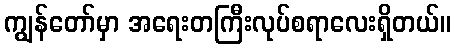
ကျွန်တော်မှာ အရေးတကြီးလုပ်စရာလေးရှိတယ်။